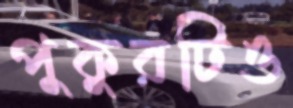
পুকুরটিও